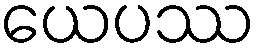
ယေပဿ